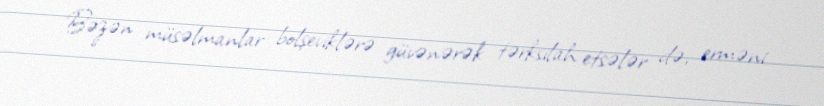
Bəzən müsəlmanlar bolşeviklərə güvənərək tərksilah etsələr də, erməni